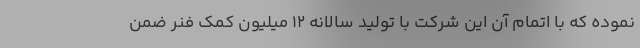
نموده که با اتمام آن این شرکت با تولید سالانه 12 میلیون کمک فنر ضمن